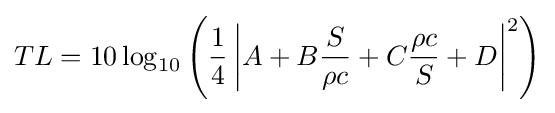
TL=10\log _{10}\left({{1 \over 4}\left\vert {A+B{S \over \rho c}+C{\rho c \over S}+D}\right\vert ^{2}}\right)